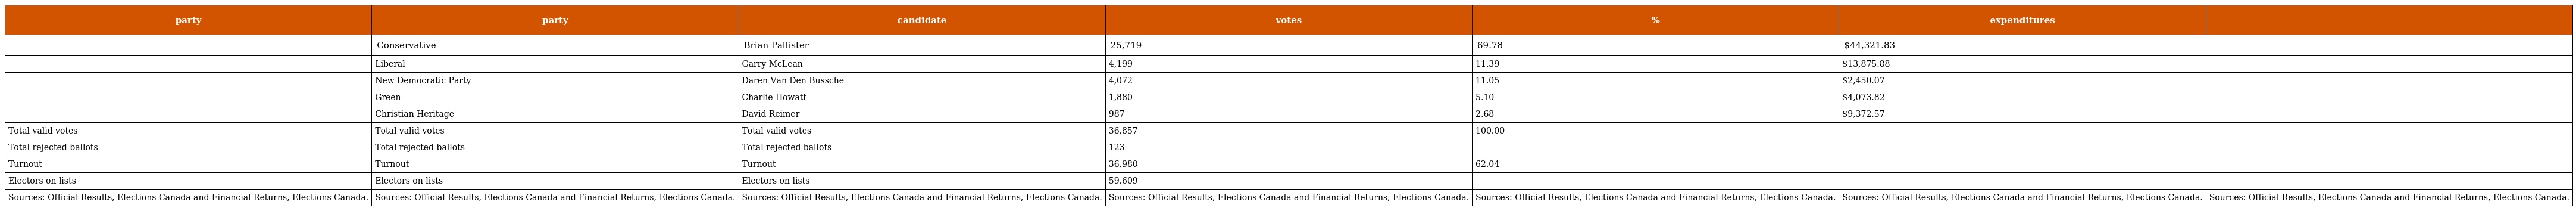
| party | party | candidate | votes | % | expenditures |  |
 | --- | --- | --- | --- | --- | --- | --- |
 |  | Conservative | Brian Pallister | 25,719 | 69.78 | $44,321.83 |  |
 |  | Liberal | Garry McLean | 4,199 | 11.39 | $13,875.88 |  |
 |  | New Democratic Party | Daren Van Den Bussche | 4,072 | 11.05 | $2,450.07 |  |
 |  | Green | Charlie Howatt | 1,880 | 5.10 | $4,073.82 |  |
 |  | Christian Heritage | David Reimer | 987 | 2.68 | $9,372.57 |  |
 | Total valid votes | Total valid votes | Total valid votes | 36,857 | 100.00 |  |  |
 | Total rejected ballots | Total rejected ballots | Total rejected ballots | 123 |  |  |  |
 | Turnout | Turnout | Turnout | 36,980 | 62.04 |  |  |
 | Electors on lists | Electors on lists | Electors on lists | 59,609 |  |  |  |
 | Sources: Official Results, Elections Canada and Financial Returns, Elections Canada. | Sources: Official Results, Elections Canada and Financial Returns, Elections Canada. | Sources: Official Results, Elections Canada and Financial Returns, Elections Canada. | Sources: Official Results, Elections Canada and Financial Returns, Elections Canada. | Sources: Official Results, Elections Canada and Financial Returns, Elections Canada. | Sources: Official Results, Elections Canada and Financial Returns, Elections Canada. | Sources: Official Results, Elections Canada and Financial Returns, Elections Canada. |